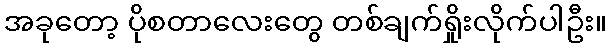
အခုတော့ ပိုစတာလေးတွေ တစ်ချက်ရှိုးလိုက်ပါဦး။